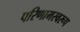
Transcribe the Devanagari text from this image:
परिणामस्वरूप